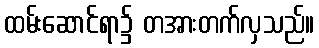
ထမ်းဆောင်ရာ၌ တအားတက်လှသည်။